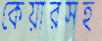
কেয়ারসহ